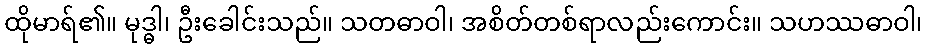
ထိုမာရ်၏။ မုဒ္ဓါ၊ ဦးခေါင်းသည်။ သတဓာဝါ၊ အစိတ်တစ်ရာလည်းကောင်း။ သဟဿဓာဝါ၊